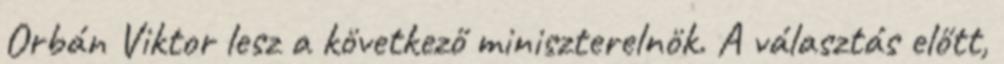
Orbán Viktor lesz a kö­vetkező miniszterelnök. A választás előtt,